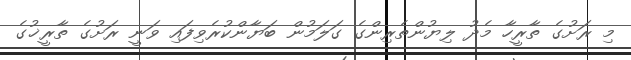
މި ރަށުގެ ތާރީހާ މެދު ލިޔުންތެރިންގެ ގަލަމުން ބަޔާންކުރެވިފައި ވަނީ ރަށުގެ ތާރީޚުގެ